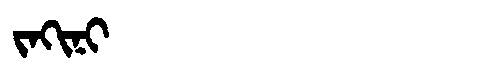
Manchu: ᠵᠠᡴᡳᠨᡳ
Romanization: JAKINI